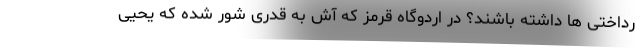
رداختی ها داشته باشند؟ در اردوگاه قرمز که آش به قدری شور شده که یحیی